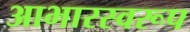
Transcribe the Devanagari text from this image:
आभारस्वरूप